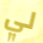
لي